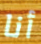
أنا